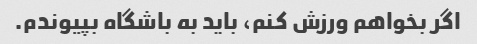
اگر بخواهم ورزش کنم، باید به باشگاه بپیوندم.